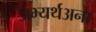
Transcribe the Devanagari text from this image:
अभ्यर्थअना